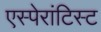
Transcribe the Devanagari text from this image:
एस्पेरांटिस्ट